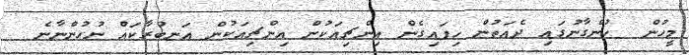
މީހުން  ހުންގާނުގައި ދެއަތުން ހިފައިގެން އިންޗިއަކުން އިންޗިއަކުން އަނބުރާކައް ނުހުންނާނެ